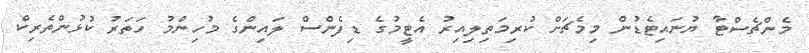
މެންޗެސްޓާ ޔުނައިޓެޑުން މިމެޗަށް ކުރިމަތިލިއިރު އެޓީމުގެ ޑިފެންސް ލައިންގެ މުހިންމު ހަތަރު ކުޅުންތެރިކް